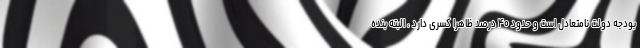
بودجه دولت نامتعادل است و حدود ۴۰ درصد ظاهراً کسری دارد ، البته بنده